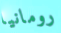
رومانيا